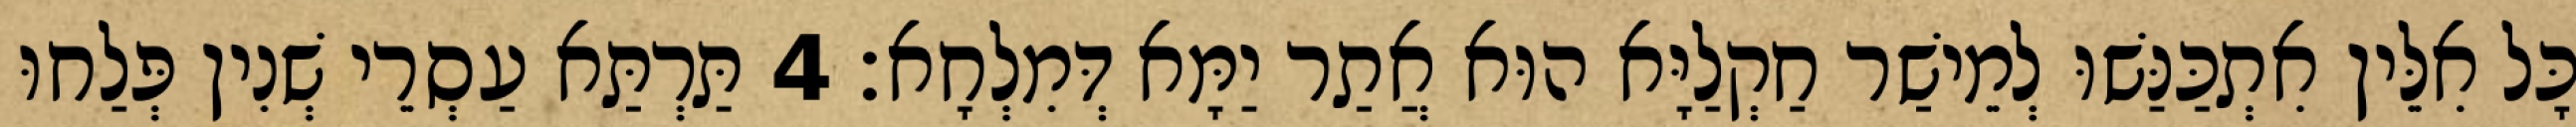
כָּל אִלֵּין אִתְכַּנַּשׁוּ לְמֵישַׁר חַקְלַיָּא הוּא אֲתַר יַמָּא דְּמִלְחָא׃ 4 תַּרְתַּא עַסְרֵי שְׁנִין פְּלַחוּ